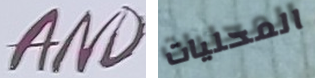
AND المحليات